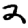
Digit: 2